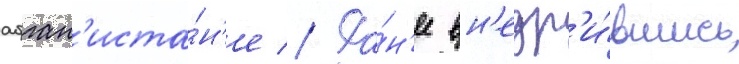
афган'иста́н'е // Ра́н'ее вн'едр'и́вшись